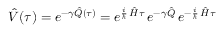
\hat { V } ( \tau ) = e ^ { - \gamma \hat { Q } ( \tau ) } = e ^ { \frac { i } { \hbar } \, \hat { H } \tau } \, e ^ { - \gamma \hat { Q } } \, e ^ { - \frac { i } { \hbar } \, \hat { H } \tau }